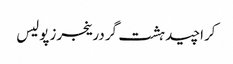
کراچیدہشت گردرینجرزپولیس